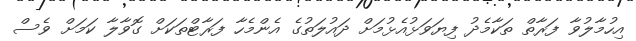
އިހުމާލުވާ ފަރާތް ތަކާމެދު ފިޔަވަޅުއެޅުމަށް ދައުލަތުގެ އެންމެހާ ފަރާޓްތަކަށް ގޮވާލާ ކަމަށް ވެސް